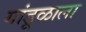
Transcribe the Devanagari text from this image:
गांडूळाला